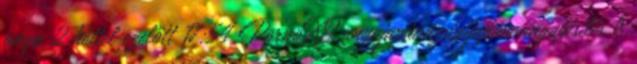
anya 2 héttel ezelőtt 17:54 PornoXO anyajapánázsiaijapán anyapisilés 6